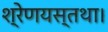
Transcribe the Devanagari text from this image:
श्रेणयस्तथा।